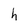
Character: h